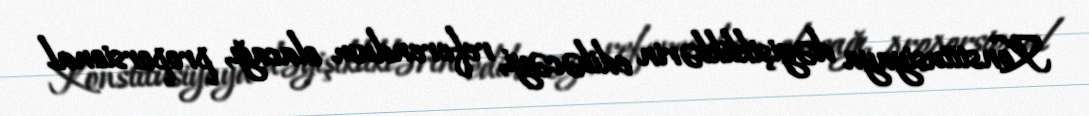
Konstitusiyaya dəyişikliklərin ediləcəyi, referendum olacağı, proporsional